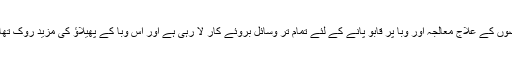
حکومت اس وقت کرونا وائرس کے مریضوں کے علاج معالجہ اور وبا پر قابو پانے کے لئے تمام تر وسائل بروئے کار لا رہی ہے اور اس وبا کے پھیلاؤ کی مزید روک تھام کے لئے ہر ممکن اقدامات اٹھا رہی ہے۔